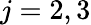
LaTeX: j=2,3